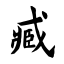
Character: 臧